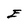
Character: E